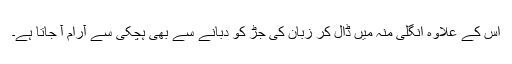
اس کے علاوہ انگلی منہ میں ڈال کر زبان کی جڑ کو دبانے سے بھی ہچکی سے آرام آ جاتا ہے۔